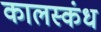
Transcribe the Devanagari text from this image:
कालस्कंध